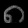
Digit: ၈